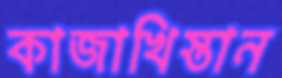
কাজাখিস্তান